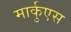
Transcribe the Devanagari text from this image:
मार्कुएस